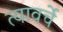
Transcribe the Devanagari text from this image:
त्यावर्चे